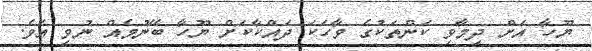
ޔޫހާ އަށް ދިމާވި ކަންތަކުގެ ވާހަކަ ދައްކާކަށް ޔޫހާ ބޭނުމެއް ނުވި އެވެ.